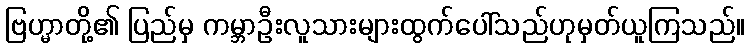
ဗြဟ္မာတို့၏ ပြည်မှ ကမ္ဘာဦးလူသားများထွက်ပေါ်သည်ဟုမှတ်ယူကြသည်။